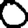
Digit: 0